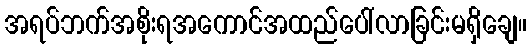
အရပ်ဘက်အစိုးရအကောင်အထည်ပေါ်လာခြင်းမရှိချေ။